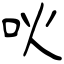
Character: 吙